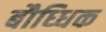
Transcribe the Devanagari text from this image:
बौध्धिक